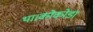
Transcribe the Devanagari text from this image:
था।कोकोडा